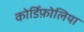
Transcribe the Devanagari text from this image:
कोर्डिफ़ोलिया